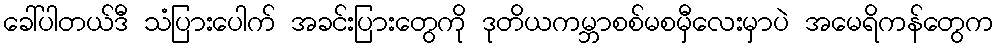
ခေါ်ပါတယ်ဒီ သံပြားပေါက် အခင်းပြားတွေကို ဒုတိယကမ္ဘာစစ်မစမှီလေးမှာပဲ အမေရိကန်တွေက